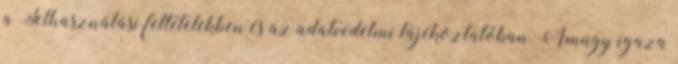
a Felhasználási feltételekben és az adatvédelmi tájékoztatóban. Amúgy igaza